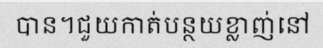
បាន។ជួយកាត់បន្ថយខ្លាញ់នៅ